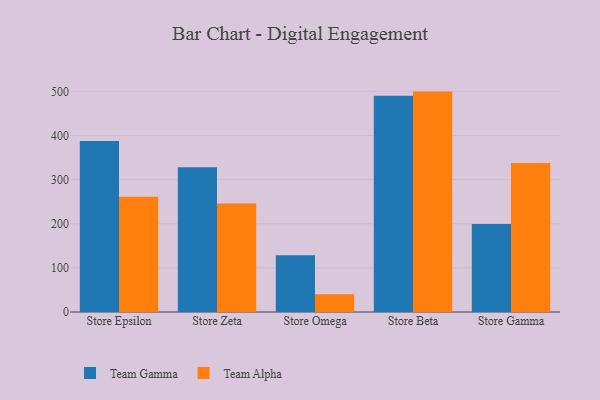
{"axis": {"x": "Store", "y": "Bounce Rate (%)"}, "legend": ["Team Alpha", "Team Gamma"], "data": [{"x": "Store Epsilon", "y": 387.5, "type": "Team Gamma"}, {"x": "Store Epsilon", "y": 261.0, "type": "Team Alpha"}, {"x": "Store Zeta", "y": 327.9, "type": "Team Gamma"}, {"x": "Store Zeta", "y": 246.1, "type": "Team Alpha"}, {"x": "Store Omega", "y": 128.6, "type": "Team Gamma"}, {"x": "Store Omega", "y": 40.5, "type": "Team Alpha"}, {"x": "Store Beta", "y": 490.2, "type": "Team Gamma"}, {"x": "Store Beta", "y": 499.5, "type": "Team Alpha"}, {"x": "Store Gamma", "y": 199.5, "type": "Team Gamma"}, {"x": "Store Gamma", "y": 337.5, "type": "Team Alpha"}]}